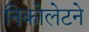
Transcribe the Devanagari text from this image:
निकोलेटने